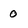
Character: 0